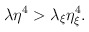
\begin{align*}\lambda \eta^{4} > \lambda_{\xi}\eta_{\xi}^{4}.\end{align*}